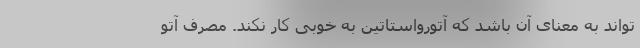
تواند به معنای آن باشد که آتورواستاتین به خوبی کار نکند. مصرف آتو